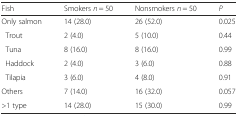
<table><thead><tr><td><b>Fish</b></td><td><b>Smokers <i>n</i> = 50</b></td><td><b>Nonsmokers <i>n</i> = 50</b></td><td><b><i>P</i></b></td></tr></thead><tbody><tr><td>Only salmon</td><td>14 (28.0)</td><td>26 (52.0)</td><td>0.025</td></tr><tr><td> Trout</td><td>2 (4.0)</td><td>5 (10.0)</td><td>0.44</td></tr><tr><td> Tuna</td><td>8 (16.0)</td><td>8 (16.0)</td><td>0.99</td></tr><tr><td> Haddock</td><td>2 (4.0)</td><td>3 (6.0)</td><td>0.88</td></tr><tr><td> Tilapia</td><td>3 (6.0)</td><td>4 (8.0)</td><td>0.91</td></tr><tr><td>Others</td><td>7 (14.0)</td><td>16 (32.0)</td><td>0.057</td></tr><tr><td>&gt;1 type</td><td>14 (28.0)</td><td>15 (30.0)</td><td>0.99</td></tr></tbody></table>